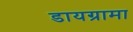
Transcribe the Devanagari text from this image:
डायग्रामा